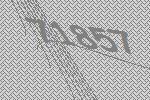
71857